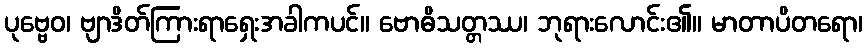
ပုဗ္ဗေဝ၊ ဗျာဒိတ်ကြားရာရှေးအခါကပင်။ ဗောဓိသတ္တဿ၊ ဘုရားလောင်း၏။ မာတာပိတရော၊